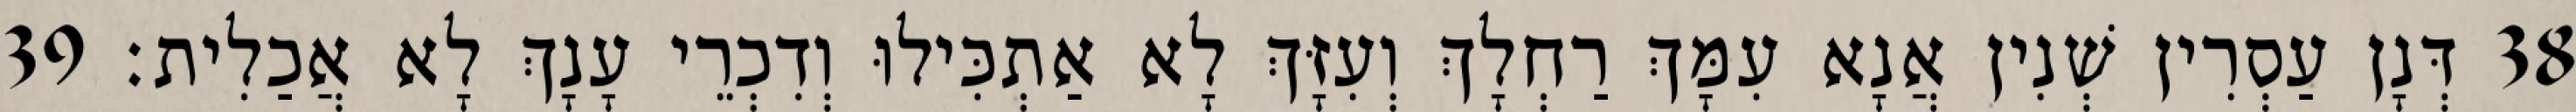
38 דְּנָן עַסְרִין שְׁנִין אֲנָא עִמָּךְ רַחְלָךְ וְעִזָּךְ לָא אַתְכִּילוּ וְדִכְרֵי עָנָךְ לָא אֲכַלִית׃ 39